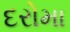
દરોમા